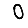
Digit: 0